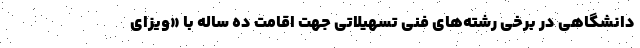
دانشگاهی در برخی رشته‌های فنی تسهیلاتی جهت اقامت ده ساله با «ویزای